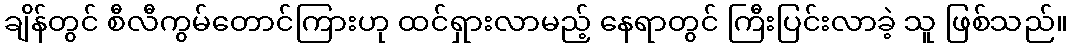
ချိန်တွင် စီလီကွမ်တောင်ကြားဟု ထင်ရှားလာမည့် နေရာတွင် ကြီးပြင်းလာခဲ့ သူ ဖြစ်သည်။